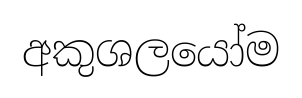
අකුශලයෝම